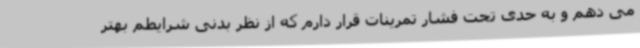
می دهم و به حدی تحت فشار تمرینات قرار دارم که از نظر بدنی شرایطم بهتر